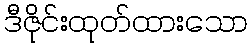
ဒီဇိုင်းထုတ်ထားသော